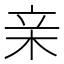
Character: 亲